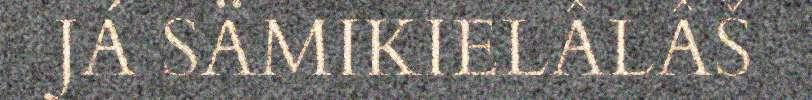
JÁ SÄMIKIELÂLÂŠ